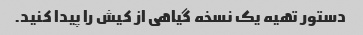
دستور تهیه یک نسخه گیاهی از کیش را پیدا کنید.